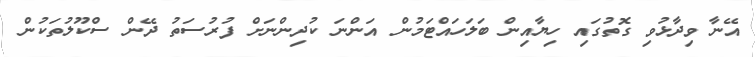
އޭނާ ވިދާޅުވި ގޮތުގައި ހިޔާއިން ބަލަހައްޓަމުން އަންނަ ކުދިންނަށް ފުރުސަތު ދޭން ސްކޫލުތަކުން